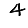
Digit: 4